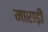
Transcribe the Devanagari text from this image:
माराड़ी